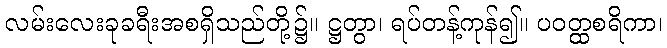
လမ်းလေးခုခရီးအစရှိသည်တို့၌။ ဋ္ဌတွာ၊ ရပ်တန့်ကုန်၍။ ပဝတ္ထစရိကာ၊